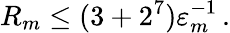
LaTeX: R_{m}\leq(3+2^{7})\varepsilon_{m}^{-1}\, .